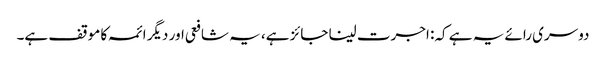
دوسری رائے یہ ہے کہ: اجرت لینا جائز ہے، یہ شافعی اور دیگر ائمہ کا موقف ہے۔